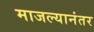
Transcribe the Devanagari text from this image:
माजल्यानंतर